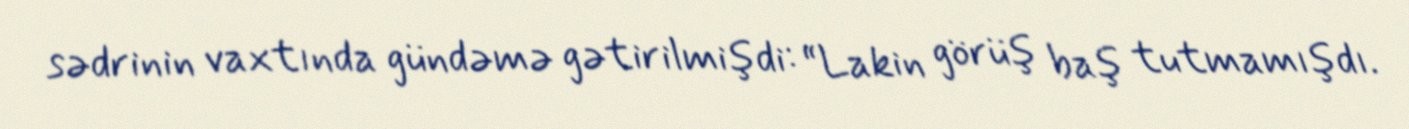
sədrinin vaxtında gündəmə gətirilmişdi: “Lakin görüş baş tutmamışdı.